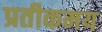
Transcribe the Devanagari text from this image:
प्रतीकमय